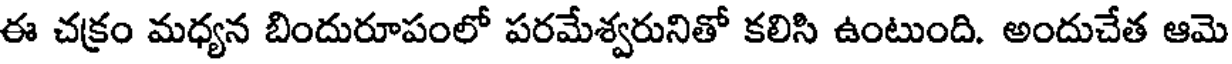
ఈ చక్రం మధ్యన బిందురూపంలో పరమేశ్వరునితో కలిసి ఉంటుంది. అందుచేత ఆమె